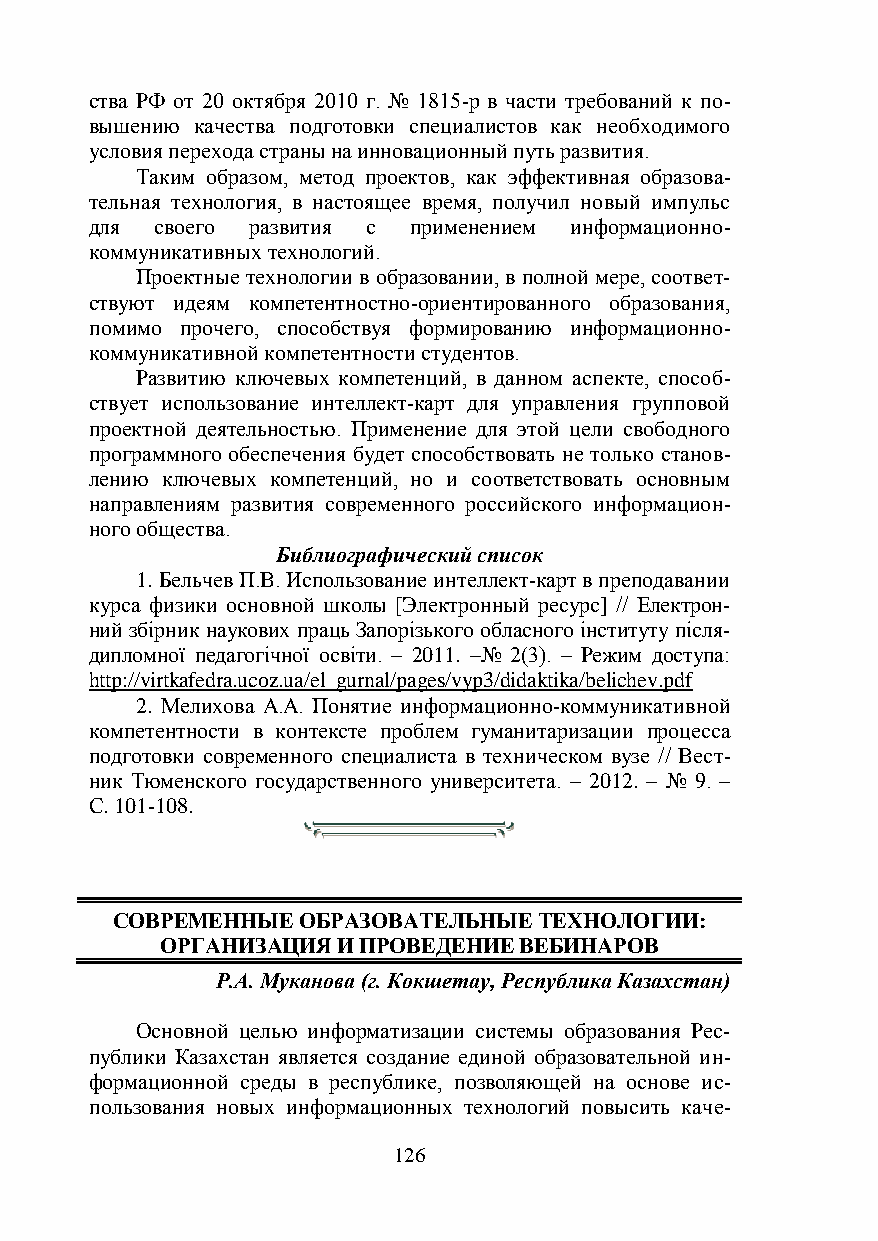
ства РФ от 20 октября 2010 г. № 1815-р в части требований к по-
 вышению качества подготовки специалистов как необходимого
 условия перехода страны на инновационный путь развития.
 Таким образом, метод проектов, как эффективная образова-
 тельная технология, в настоящее время, получил новый импульс
 для своего развития с применением информационно-
 коммуникативных технологий.
 Проектные технологии в образовании, в полной мере, соответ-
 ствуют идеям компетентностно-ориентированного образования,
 помимо прочего, способствуя формированию информационно-
 коммуникативной компетентности студентов.
 Развитию ключевых компетенций, в данном аспекте, способ-
 ствует использование интеллект-карт для управления групповой
 проектной деятельностью. Применение для этой цели свободного
 программного обеспечения будет способствовать не только станов-
 лению ключевых компетенций, но и соответствовать основным
 направлениям развития современного российского информацион-
 ного общества.
 Библиографический список
 1. Бельчев П.В. Использование интеллект-карт в преподавании
 курса физики основной школы [Электронный ресурс] // Електрон-
 ний збірник наукових праць Запорізького обласного інституту після-
 дипломної педагогічної освіти. – 2011. –№ 2(3). – Режим доступа:
 http://virtkafedra.ucoz.ua/el_gurnal/pages/vyp3/didaktika/belichev.pdf
 2. Мелихова А.А. Понятие информационно-коммуникативной
 компетентности в контексте проблем гуманитаризации процесса
 подготовки современного специалиста в техническом вузе // Вест-
 ник Тюменского государственного университета. – 2012. – № 9. –
 С. 101-108.
 СОВРЕМЕННЫЕ  ОБРАЗОВАТЕЛЬНЫЕ ТЕХНОЛОГИИ:
 ОРГАНИЗАЦИЯ И ПРОВЕДЕНИЕ ВЕБИНАРОВ
 Р.А. Муканова (г. Кокшетау, Республика Казахстан)
 Основной целью информатизации системы образования Рес-
 публики Казахстан является создание единой образовательной ин-
 формационной среды в республике, позволяющей на основе ис-
 пользования новых информационных технологий повысить каче-
 126